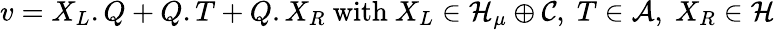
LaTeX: v=X_{L}.Q+Q.T+Q.X_{R}\mathrm{~with~}X_{L}\in{\cal H}_{\mu}\oplus{\cal C},\; T\in{\cal A},\; X_{R}\in\cal H